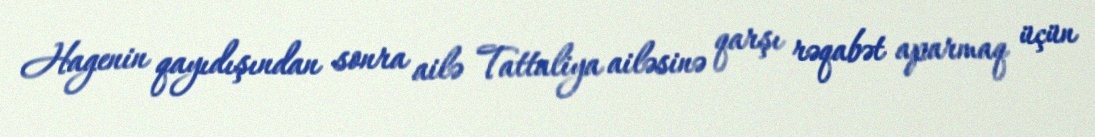
Hagenin qayıdışından sonra ailə Tattaliya ailəsinə qarşı rəqabət aparmaq üçün